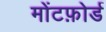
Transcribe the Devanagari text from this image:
मोंटफ़ोर्ड